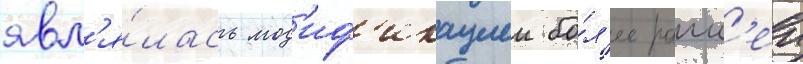
явл'я́лась мод'иф'икациеи бо́л'ее ранн'еи